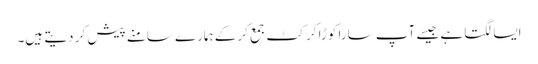
ایسا لگتا ہے جیسے آپ سارا کوڑا کرکٹ جمع کرکے ہمارے سامنے پیش کر دیتے ہیں۔